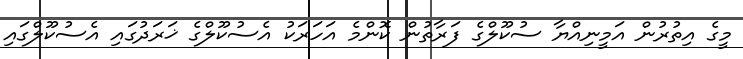
މީގެ އިތުރުން އަމީނިއްޔާ ސުކޫލްގެ ފަރާތުން ކޮންމެ އަހަރަކު އެސުކޫލްގެ ޚަރަދުގައި އެސުކޫލްގައި